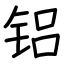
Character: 铝